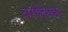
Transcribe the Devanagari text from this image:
वर्गात्मक